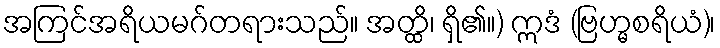
အကြင်အရိယမဂ်တရားသည်။ အတ္ထိ၊ ရှိ၏။) ဣဒံ (ဗြဟ္မစရိယံ)၊